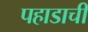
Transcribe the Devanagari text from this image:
पहाडाची